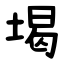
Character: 堨